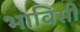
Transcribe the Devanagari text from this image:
भाविसी